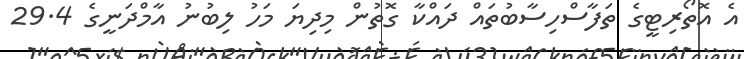
އެ އޮތޯރިޓީގެ ތަފާސްހިސާބުތައް ދައްކާ ގޮތުން މިދިޔަ މަހު ލިބުނު އާމްދަނީގެ 29.4